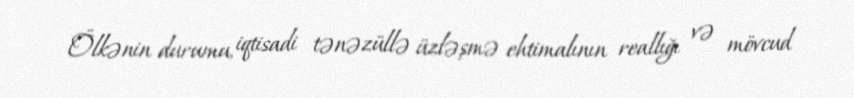
Ölkənin durumu, iqtisadi tənəzüllə üzləşmə ehtimalının reallığı və mövcud